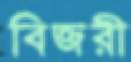
বিজরী